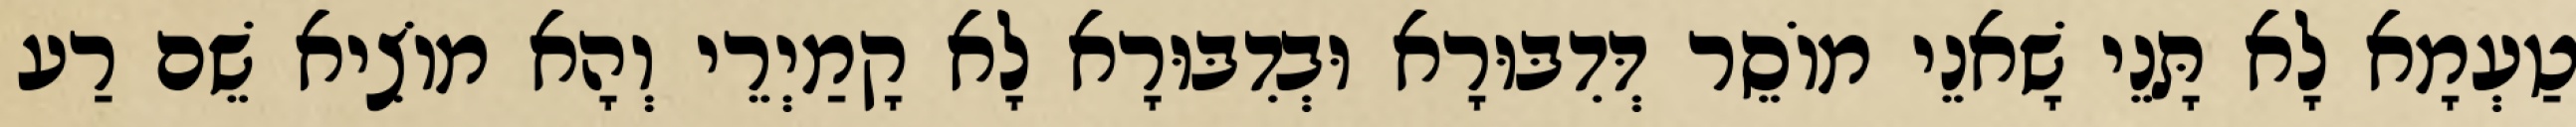
טַעְמָא לָא תָּנֵי שָׁאנֵי מוֹסֵר דְּדִבּוּרָא וּבְדִבּוּרָא לָא קָמַיְרֵי וְהָא מוֹצִיא שֵׁם רַע